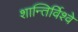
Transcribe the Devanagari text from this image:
शान्तिर्विश्वे